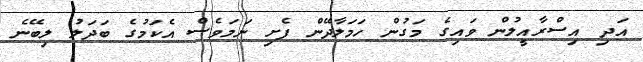
އަދި އިސްރާއީލުން ވައިގެ މަގުން ހަމަލާދޭން ފެށި ނަމަވެސް އެކަމުގެ ބަދަލު ލިބޭނެ